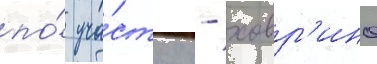
по́ уча́стку - ховр'ино